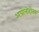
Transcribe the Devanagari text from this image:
अपोलोदोतस